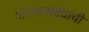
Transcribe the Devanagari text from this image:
आंतरसंबंधांची